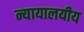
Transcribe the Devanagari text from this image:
न्यायालयीय